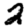
Digit: 2